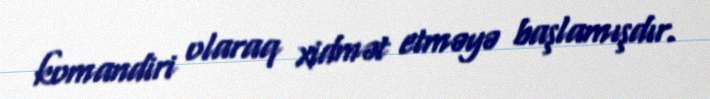
komandiri olaraq xidmət etməyə başlamışdır.